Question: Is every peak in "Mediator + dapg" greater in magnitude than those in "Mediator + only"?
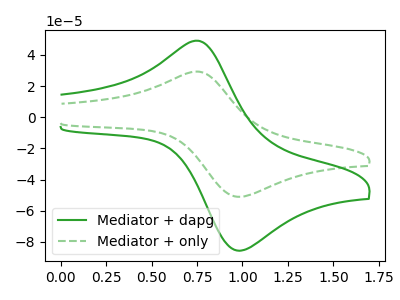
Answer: <think>The green curve "Mediator + dapg" has an anodic peak at (0.75V, 49.05uA) and a cathodic peak at (0.95V, -85.20uA). The green dashed curve "Mediator + only" has an anodic peak at (0.75V, 29.25uA) and a cathodic peak at (0.95V, -50.85uA).</think>
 <answer>Every peak in "Mediator + dapg" is higher than every peak in "Mediator + only".</answer>
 <eval>higher</eval>